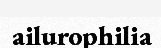
ailurophilia